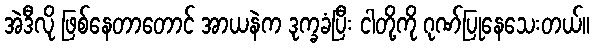
အဲဒီလို ဖြစ်နေတာတောင် အာယနဲက ဒုက္ခခံပြီး ငါတို့ကို ဂုဏ်ပြုနေသေးတယ်။